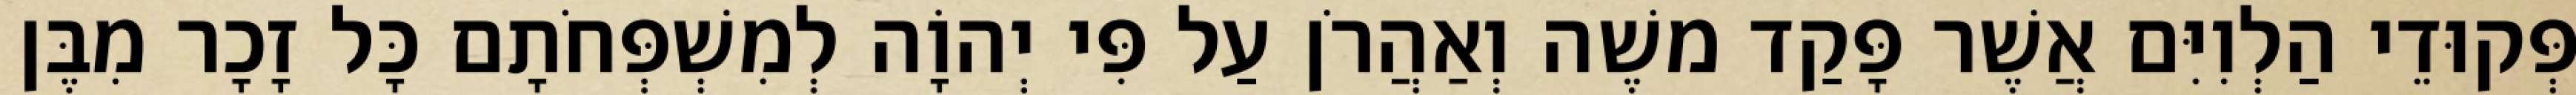
פְּקוּדֵי הַלְוִיִּם אֲשֶׁר פָּקַד משֶׁה וְאַהֲרֹן עַל פִּי יְהוָֹה לְמִשְׁפְּחֹתָם כָּל זָכָר מִבֶּן